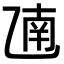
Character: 𫡫